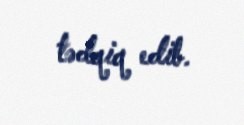
tədqiq edib.